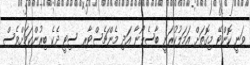
ވަނީ ކޮންޓޭ މިގޮތަށް އަމަލުކުރަނީ ބާސެލޯނާ އަދި މެންޗެސްޓާރ ސިޓީ ދެކެ ބިރުންކަމަށްވެސް